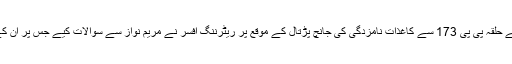
دوسری جانب پنجاب کے حلقہ پی پی 173 سے کاغذات نامزدگی کی جانچ پڑتال کے موقع پر ریٹرننگ افسر نے مریم نواز سے سوالات کیے جس پر ان کےوکلا نے اعتراض کیا۔